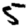
Digit: 5